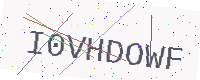
Text: I0VHDOWF